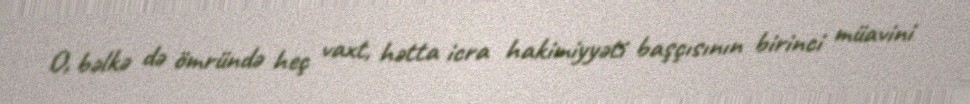
O, bəlkə də ömründə heç vaxt, hətta icra hakimiyyəti başçısının birinci müavini